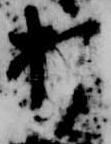
打